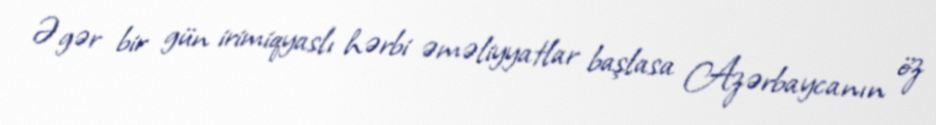
Əgər bir gün irimiqyaslı hərbi əməliyyatlar başlasa Azərbaycanın öz